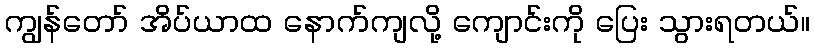
ကျွန်တော် အိပ်ယာထ နောက်ကျလို့ ကျောင်းကို ပြေး သွားရတယ်။